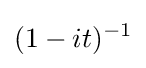
(1-it)^{-1}